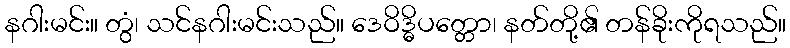
နဂါးမင်း။ တွံ၊ သင်နဂါးမင်းသည်။ ဒေဝိဒ္ဓိပတ္တော၊ နတ်တို့၏ တန်ခိုးကိုရသည်။